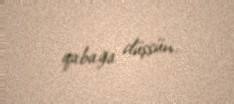
qabağa düşsün.